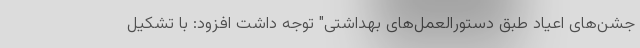
جشن‌های اعیاد طبق دستورالعمل‌های بهداشتی" توجه داشت افزود: با تشکیل